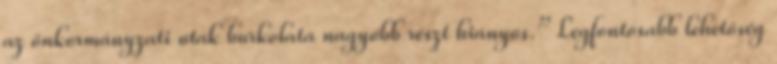
az önkormányzati utak burkolata nagyobb részt hiányos.” Legfontosabb lehetőség